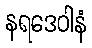
နရဒေဝါနံ